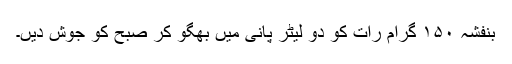
بنفشہ ۱۵۰ گرام رات کو دو لیٹر پانی میں بھگو کر صبح کو جوش دیں۔